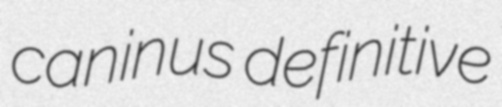
caninus definitive